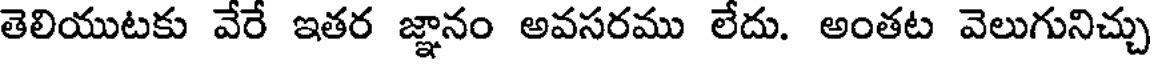
తెలియుటకు వేరే ఇతర జ్ఞానం అవసరము లేదు. అంతట వెలుగునిచ్చు